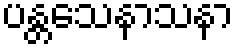
ပန္တသေနာသနာ